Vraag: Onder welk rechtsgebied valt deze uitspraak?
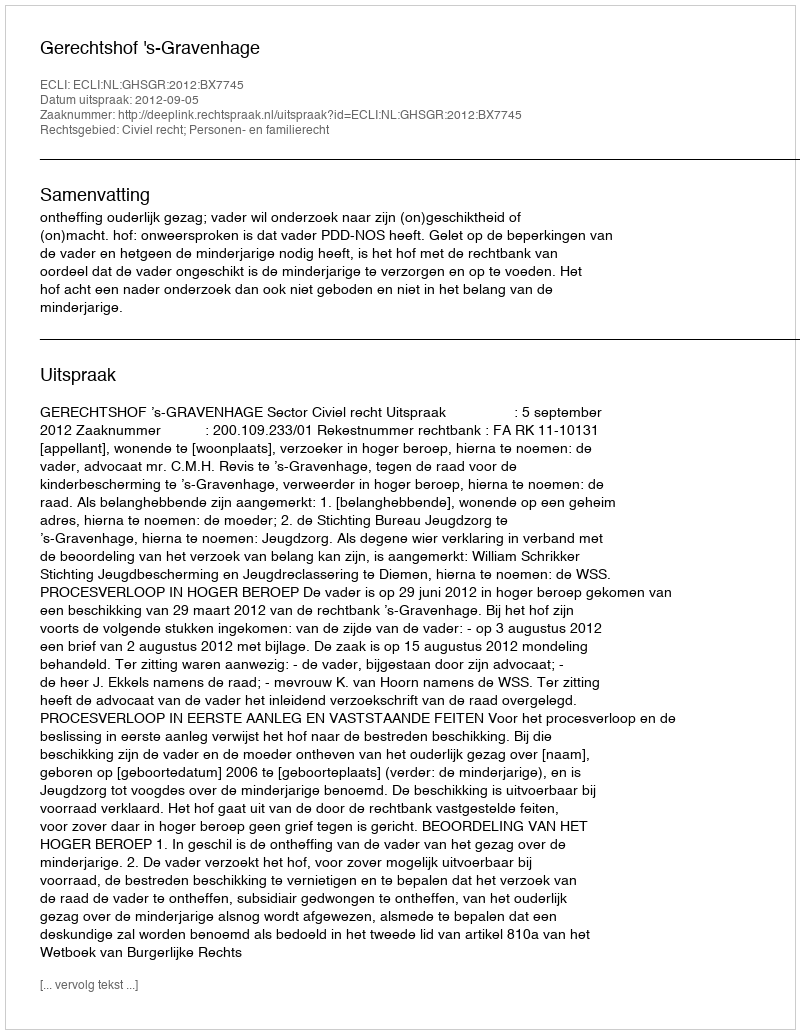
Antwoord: Civiel recht; Personen- en familierecht